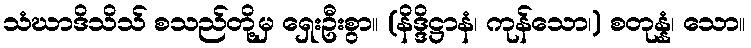
သံဃာဒိသိသ် စသည်တို့မှ ရှေးဦးစွာ။ (နိဒ္ဒိဋ္ဌာနံ၊ ကုန်သော၊) စတုန္နံ၊ သော။